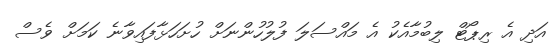
އަދި އެ ރިޕޯޓް ލިބުމާއެކު އެ މައްސަލަ ފުލުހުންނަށް ހުށަހަޅާފައިވާނެ ކަމަށް ވެސް